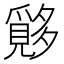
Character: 𱘪